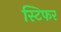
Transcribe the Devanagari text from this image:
स्टिफर